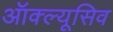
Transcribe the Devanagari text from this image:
ऑक्ल्यूसिव